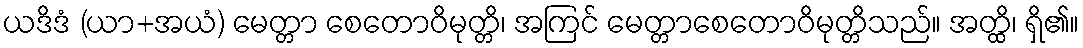
ယဒိဒံ (ယာ+အယံ) မေတ္တာ စေတောဝိမုတ္တိ၊ အကြင် မေတ္တာစေတောဝိမုတ္တိသည်။ အတ္ထိ၊ ရှိ၏။